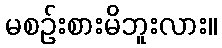
မစဉ်းစားမိဘူးလား။